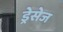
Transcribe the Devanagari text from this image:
ड्रेसेज